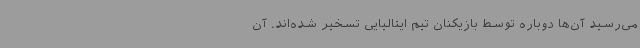
می‌رسید آن‌ها دوباره توسط بازیکنان تیم ایتالیایی تسخیر شده‌اند. آن